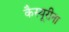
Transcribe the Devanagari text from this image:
कैस्यूरीना